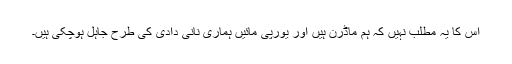
اس کا یہ مطلب نہیں کہ ہم ماڈرن ہیں اور یورپی مائیں ہماری نانی دادی کی طرح جاہل ہوچکی ہیں۔